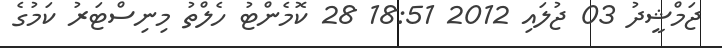
ޖަމްޝީދު 03 ޖުލައި 2012 18:51 28 ކޮމެންޓު ހެލްތު މިނިސްޓަރު ކަމުގެ